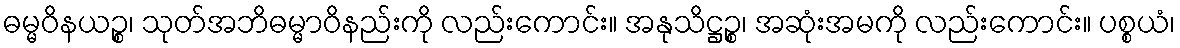
ဓမ္မဝိနယဉ္စ၊ သုတ်အဘိဓမ္မာဝိနည်းကို လည်းကောင်း။ အနုသိဋ္ဌဉ္စ၊ အဆုံးအမကို လည်းကောင်း။ ပစ္စယံ၊